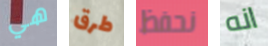
هي طرق نحفظ انه